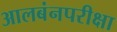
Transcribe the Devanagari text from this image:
आलबंनपरीक्षा